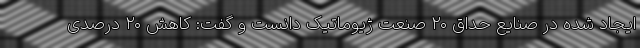
ایجاد شده در صنایع حداق ۲۰ صنعت ژیوماتیک دانست و گفت: کاهش ۲۰ درصدی